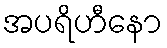
အပရိဟီနော